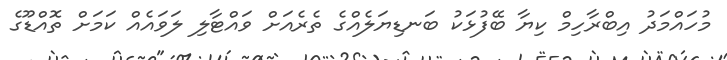
މުހައްމަދު އިބްރާހިމް ކިޔާ ބޭފުޅަކު ބަނޑިޔަލެއްގެ ތެރެއަށް ވައްޓާލި ލަވައެއް ކަމަށް ތޮއްޑޫގެ